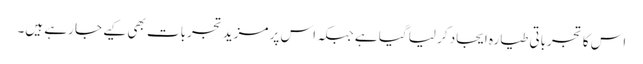
اس کا تجرباتی طیارہ ایجاد کر لیا گیا ہے جبکہ اس پر مزید تجربات بھی کیے جا رہے ہیں۔